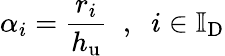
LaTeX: \alpha_{i}=\frac{r_{i}}{h_{\mathrm{u}}}\; \; ,\; \; i\in\mathbb{I}_{\mathrm{D}}